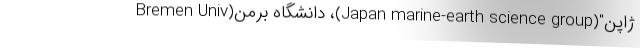
ژاپن"(Japan marine-earth science group)، دانشگاه برمن(Bremen Univ